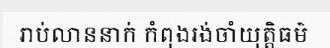
រាប់លាននាក់ កំពុងរង់ចាំយុត្តិធម៌